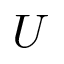
U